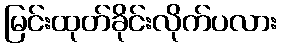
မြင်းထုတ်ခိုင်းလိုက်ပလား